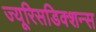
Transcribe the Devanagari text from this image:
ज्यूरिसडिक्शन्स